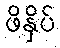
ဖိနှိပ်